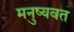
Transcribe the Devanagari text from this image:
मनुष्यवत